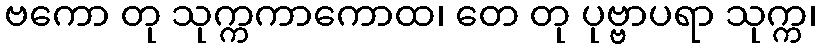
ဗကော တု သုက္ကကာကောထ၊ တေ တု ပုဗ္ဗာပရာ သုက္က၊